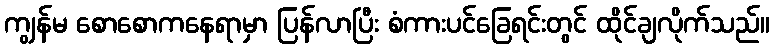
ကျွန်မ စောစောကနေရာမှာ ပြန်လာပြီး စံကားပင်ခြေရင်းတွင် ထိုင်ချလိုက်သည်။